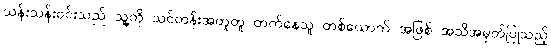
သန်းသန်းဝင်းသည် သူ့ကို သင်တန်းအတူတူ တက်နေသူ တစ်ယောက် အဖြစ် အသိအမှတ်ပြုသည့်